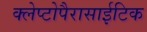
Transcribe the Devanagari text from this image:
क्लेप्टोपैरासाईटिक